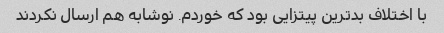
با اختلاف بدترین پیتزایی بود که خوردم. نوشابه هم ارسال نکردند